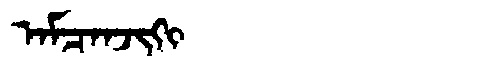
Manchu: ᠠᠮᠴᠠᠨᠵᡳᡴᡳ
Romanization: AMCANJIKI